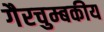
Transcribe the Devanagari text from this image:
गैरचुम्बकीय